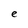
Character: e